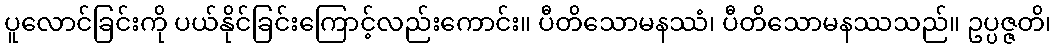
ပူလောင်ခြင်းကို ပယ်နိုင်ခြင်းကြောင့်လည်းကောင်း။ ပီတိသောမနဿံ၊ ပီတိသောမနဿသည်။ ဥပ္ပဇ္ဇတိ၊